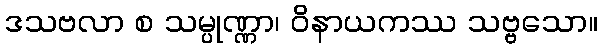
ဒသဗလာ စ သမ္ပုဏ္ဏာ၊ ဝိနာယကဿ သဗ္ဗသော။